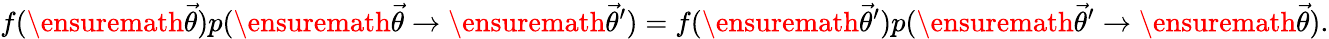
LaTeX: f(\ensuremath{\vec{\theta}})p(\ensuremath{\vec{\theta}}\rightarrow\ensuremath{\vec{\theta}}^{\prime})=f(\ensuremath{\vec{\theta}}^{\prime})p(\ensuremath{\vec{\theta}}^{\prime}\rightarrow\ensuremath{\vec{\theta}}).